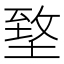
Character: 𡍶